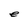
Character: e